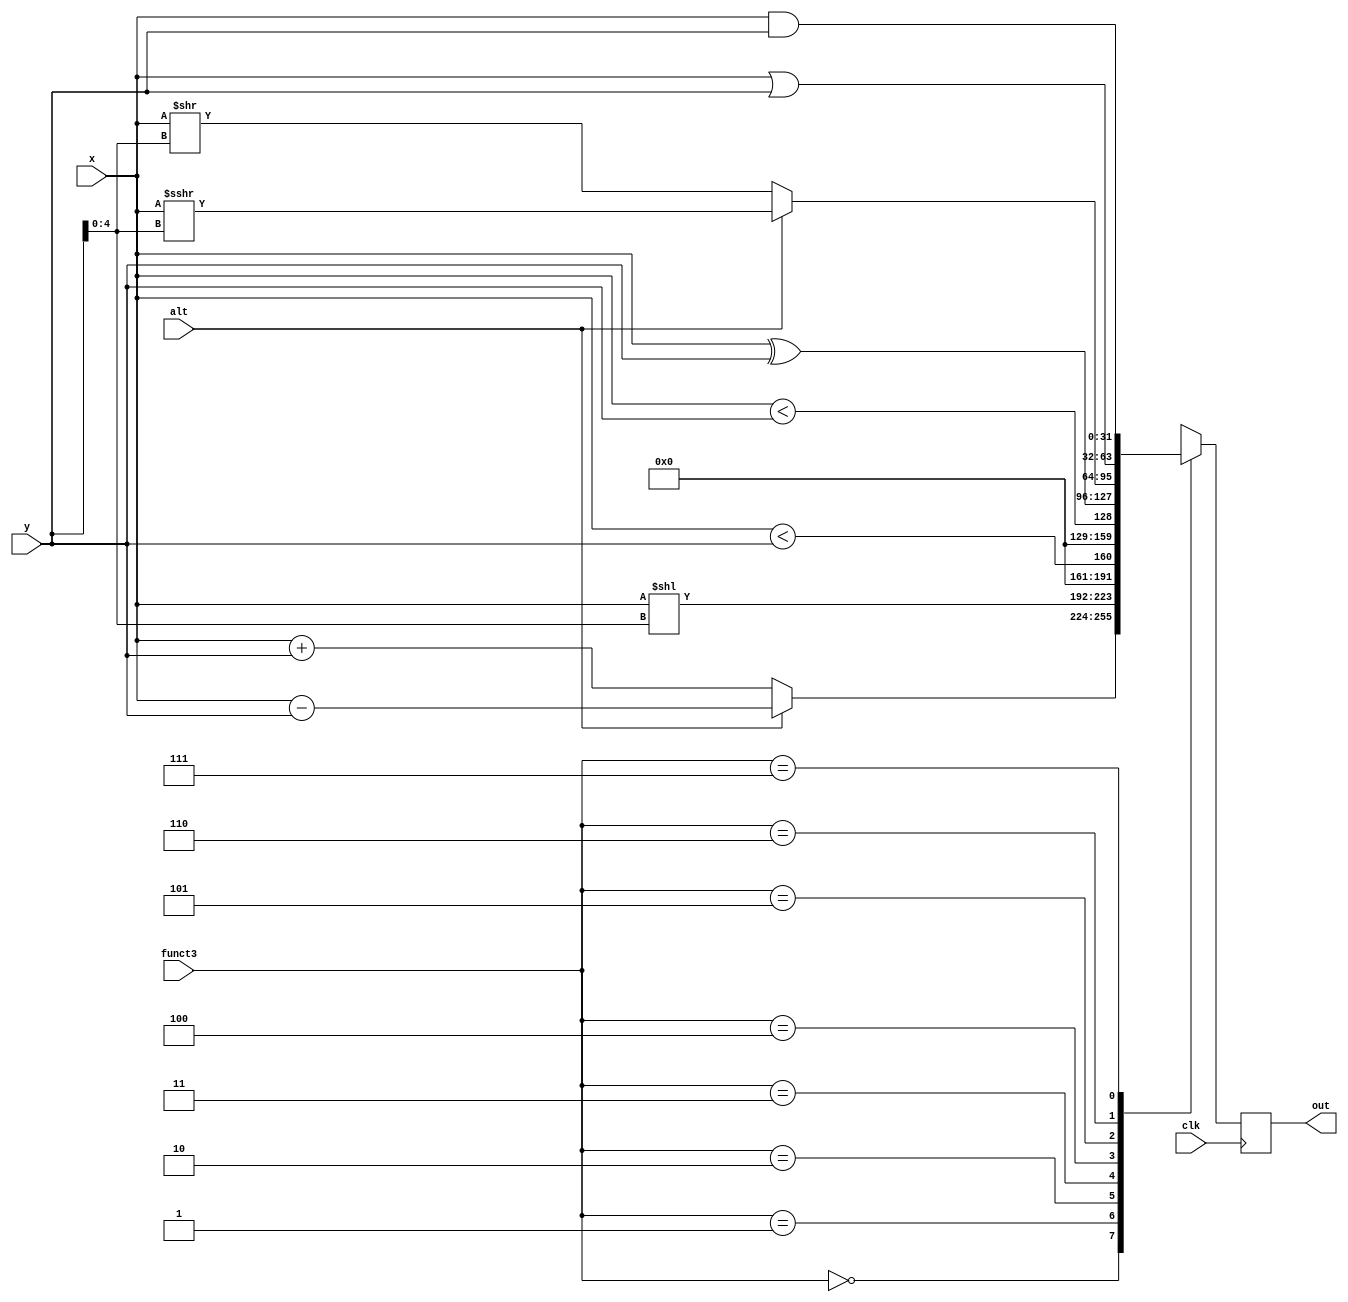
module alu (
  input clk,
  input [2:0] funct3,
  input [31:0] x,
  input [31:0] y,
  input alt,
  output reg [31:0] out
);
  always @(posedge clk) begin
    case (funct3) 
      3'b000: begin  // ADDI
        out <= alt ? (x - y) : (x + y);
      end
      3'b001: begin  // SLL
        out <= x << y[4:0];
      end
      3'b010: begin  // SLT
        out <= {31'b0, $signed(x) < $signed(y)};
      end
      3'b011: begin  // SLTU
        out <= {31'b0, x < y};
      end
      3'b100: begin  // XOR
        out <= x ^ y;
      end
      3'b101: begin  // SRL
        out <= alt ? (x >>> y[4:0]) : (x >> y[4:0]);
      end
      3'b110: begin  // OR
        out <= x | y;
      end
      3'b111: begin  // AND
        out <= x & y;
      end
    endcase
  end
endmodule

module cond (
  input clk, 
  input [2:0] funct3,
  input [31:0] x,
  input [31:0] y,
  output reg out
);
  always @(posedge clk) begin
    case (funct3) 
      3'b000: begin  // BEQ
        out <= x == y;
      end
      3'b001: begin  // BNE
        out <= x != y;
      end
      3'b100: begin  // BLT
        out <= $signed(x) < $signed(y);
      end
      3'b101: begin  // BGE
        out <= $signed(x) >= $signed(y);
      end
      3'b110: begin  // BLTU
        out <= x < y;
      end
      3'b111: begin  // BGEU
        out <= x >= y;
      end
    endcase
  end
endmodule

module ram (
  input clk,
  input [13:0] i_addr,
  output reg [31:0] i_data,
  input [13:0] d_addr,
  output reg [31:0] d_data,
  input [31:0] dw_data,
  input [1:0] dw_size);

  // 16 KB
  reg [31:0] mem [0:4095];
  wire [31:0] dt_data = mem[d_addr[13:2]];

  always @(posedge clk) begin
    // always aligned for instruction fetch
    i_data <= mem[i_addr[13:2]];
    // misaligned data, but it's filled with 0s
    // support some unaligned loads, but can't break word boundary
    d_data <=
      d_addr[1] ? (d_addr[0] ? (dt_data >> 24) : (dt_data >> 16))
                : (d_addr[0] ? (dt_data >> 8) : dt_data);
    // 2'b01 = 8-bit
    // 2'b10 = 16-bit
    // 2'b11 = 32-bit
    // again, can't break word boundary
    case (dw_size)
      2'b11: mem[d_addr[13:2]] <= dw_data;
      2'b10: mem[d_addr[13:2]] <= 
        d_addr[1] ? {dw_data[15:0], dt_data[15:0]} : 
                    {dt_data[31:16], dw_data[15:0]};
      2'b01: mem[d_addr[13:2]] <= 
        d_addr[1] ?
          (d_addr[0] ? {dw_data[7:0], dt_data[23:0]} : {dt_data[31:24], dw_data[7:0], dt_data[15:0]}) :
          (d_addr[0] ? {dt_data[31:16], dw_data[7:0], dt_data[7:0]} : {dt_data[31:8], dw_data[7:0]});
    endcase
  end
endmodule

// twitchcore is a low performance RISC-V processor
module twitchcore (
  input clk, resetn,
  output reg trap,
  output reg [31:0] pc
);

  //wire [13:0] i_addr = pc[13:0];
  reg [13:0] i_addr;
  wire [31:0] i_data;
  reg [13:0] d_addr;
  wire [31:0] d_data;
  reg [31:0] dw_data;
  reg [1:0] dw_size;
  ram r (
    .clk (clk),
    .i_data (i_data),
    .i_addr (i_addr),
    .d_data (d_data),
    .d_addr (d_addr),
    .dw_data (dw_data),
    .dw_size (dw_size)
  );

  reg [31:0] regs [0:31];
  reg [4:0] rd;

  reg [31:0] vs1;
  reg [31:0] vs2;
  reg [31:0] vpc;

  // Instruction decode and register fetch
  wire [6:0] opcode = i_data[6:0];
  wire [2:0] funct3 = i_data[14:12];
  wire [6:0] funct7 = i_data[31:25];
  wire [4:0] rs1 = i_data[19:15];
  wire [4:0] rs2 = i_data[24:20];
  wire [31:0] imm_i = {{20{i_data[31]}}, i_data[31:20]};
  wire [31:0] imm_s = {{20{i_data[31]}}, i_data[31:25], i_data[11:7]};
  wire [31:0] imm_b = {{19{i_data[31]}}, i_data[31], i_data[7], i_data[30:25], i_data[11:8], 1'b0};
  wire [31:0] imm_u = {i_data[31:12], 12'b0};
  wire [31:0] imm_j = {{11{i_data[31]}}, i_data[31], i_data[19:12], i_data[20], i_data[30:21], 1'b0};

  reg [31:0] alu_left;
  reg [31:0] alu_imm;
  reg [2:0] alu_func;
  reg alu_alt;

  wire [31:0] pend;
  reg [2:0] funct3_saved;
  wire cond_out;
  reg [1:0] update_pc;  // 2'b00: don't update, 2'b01: update always, 2'b10: update cond
  reg reg_writeback;

  wire pend_is_new_pc = update_pc[0] || (update_pc[1] && cond_out);
  reg do_load;
  reg do_store;

  reg [6:0] step;

  alu a (
    .clk (clk),
    .funct3 (alu_func),
    .x (alu_left),
    .y (alu_imm),
    .alt (alu_alt),
    .out (pend)
  );

  cond c (
    .clk (clk),
    .funct3 (funct3_saved),
    .x (vs1),
    .y (vs2),
    .out (cond_out)
  );

  /*parameter SZ = 4;
  parameter LOGCNT = 5;
  parameter BITS = 18;

  reg [2:0] risk_func;
  reg [4:0] risk_reg;
  reg [10+LOGCNT-1:0] risk_addr;
  reg [10+LOGCNT-2:0] risk_stride_x;
  reg [10+LOGCNT-2:0] risk_stride_y;
  wire [BITS*SZ*SZ-1:0] risk_reg_view;

  risk #(SZ, LOGCNT, BITS) ri (
    .clk (clk),
    .risk_func (risk_func),
    .risk_reg (risk_reg),
    .risk_addr (risk_addr),
    .risk_stride_x (risk_stride_x),
    .risk_stride_y (risk_stride_y),
    .reg_view (risk_reg_view)
  );*/

  integer i;
  always @(posedge clk) begin
    step <= step << 1;
    if (resetn) begin
      pc <= 32'h80000000;
      for (i=0; i<32; i=i+1) regs[i] <= 0;
      step <= 'b1;
      trap <= 1'b0;
    end

    // *** Instruction Fetch ***
    i_addr <= pc[13:0];
    // it sets i_data here from pc

    // *** Instruction decode and register fetch ***
    vs1 <= regs[rs1];
    vs2 <= regs[rs2];
    vpc <= pc;
    rd <= i_data[11:7];
    funct3_saved <= funct3;

    alu_func <= 3'b000;
    alu_left <= vs1;
    alu_alt <= 1'b0;
    update_pc <= 2'b00;
    reg_writeback <= 1'b0;
    do_load <= 1'b0;
    do_store <= 1'b0;
    case (opcode)
      7'b0110111: begin // LUI
        alu_imm <= imm_u;
        alu_left <= 32'b0;
        reg_writeback <= 1'b1;
      end
      7'b0000011: begin // LOAD
        alu_imm <= imm_i;
        reg_writeback <= 1'b1;
        do_load <= 1'b1;
      end
      7'b0100011: begin // STORE
        alu_imm <= imm_s;
        do_store <= 1'b1;
      end

      7'b0010111: begin // AUIPC
        alu_imm <= imm_u;
        alu_left <= pc;
        reg_writeback <= 1'b1;
      end
      7'b1100011: begin // BRANCH
        alu_imm <= imm_b;
        alu_left <= pc;
        update_pc <= 2'b10;
      end
      7'b1101111: begin // JAL
        alu_imm <= imm_j;
        alu_left <= pc;
        update_pc <= 2'b01;
        reg_writeback <= 1'b1;
      end
      7'b1100111: begin // JALR
        alu_imm <= imm_i;
        update_pc <= 2'b01;
        reg_writeback <= 1'b1;
      end

      7'b0010011: begin // IMM
        alu_imm <= imm_i;
        alu_func <= funct3;
        alu_alt <= (funct7 == 7'b0100000 && funct3 == 3'b101);
        reg_writeback <= 1'b1;
      end
      7'b0110011: begin // OP
        alu_imm <= regs[rs2];
        alu_func <= funct3;
        alu_alt <= (funct7 == 7'b0100000);
        reg_writeback <= 1'b1;
      end

      /*7'b1111111: begin // RISK
        risk_func <= funct3;
        risk_addr <= regs[rs1];
        risk_stride_x <= regs[rs2][31:16];
        risk_stride_y <= regs[rs2][15:0];
        risk_reg <= i_data[11:7];

        // 9 DWORDs
        case (funct7) 
          7'b0000000: alu_imm <= risk_reg_view[31:0];
          7'b0000001: alu_imm <= risk_reg_view[63:32];
          7'b0000010: alu_imm <= risk_reg_view[95:64];
          7'b0000011: alu_imm <= risk_reg_view[127:96];
          7'b0000100: alu_imm <= risk_reg_view[159:128];
          7'b0000101: alu_imm <= risk_reg_view[191:160];
          7'b0000110: alu_imm <= risk_reg_view[223:192];
          7'b0000111: alu_imm <= risk_reg_view[255:224];
          7'b0001000: alu_imm <= risk_reg_view[288:256];
        endcase
        alu_left <= 32'b0;
        reg_writeback <= 1'b1;
      end*/

      7'b1110011: begin // SYSTEM
        trap <= regs[3] > 0;
      end
    endcase

    // *** Execute (happens above in arith and cond) ***
    // it sets pend and cond_out here

    // *** Memory access ***
    // this sets d_data based on pend
    if (step[5] == 1'b1) begin
      d_addr <= pend[13:0];
      if (do_store) begin
        dw_data <= vs2;
        dw_size <= (funct3_saved[1:0] + 1);
      end
    end
    
    // *** Register Writeback ***
    if (step[6] == 1'b1) begin
      pc <= pend_is_new_pc ? pend : (vpc + 4);
      if (reg_writeback && rd != 5'b00000) begin
        if (do_load) begin
          case (funct3_saved)
            3'b000: regs[rd] <= {{24{d_data[7]}}, d_data[7:0]};
            3'b001: regs[rd] <= {{16{d_data[15]}}, d_data[15:0]};
            3'b010: regs[rd] <= d_data;
            3'b100: regs[rd] <= {24'b0, d_data[7:0]};
            3'b101: regs[rd] <= {16'b0, d_data[15:0]};
          endcase
        end else begin
          regs[rd] <= (pend_is_new_pc ? (vpc + 4) : pend);
        end
      end
      step <= 'b1;
      dw_size <= 2'b00;
    end
  end

endmodule